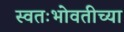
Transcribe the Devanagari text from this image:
स्वतःभोवतीच्या